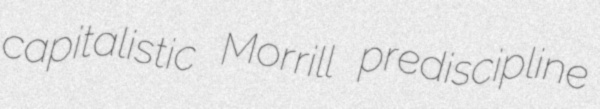
capitalistic Morrill prediscipline